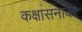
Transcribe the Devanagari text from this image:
कक्षासनावर